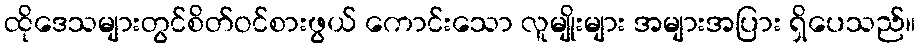
ထိုဒေသများတွင်စိတ်ဝင်စားဖွယ် ကောင်းသော လူမျိုးများ အများအပြား ရှိပေသည်။